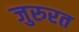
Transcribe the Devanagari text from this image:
जुरुरत